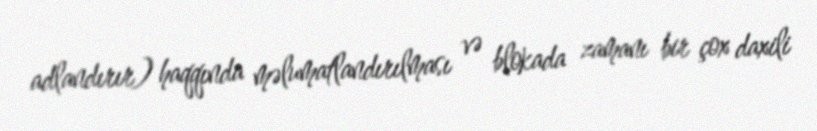
adlandırır) haqqında məlumatlandırılması və blokada zamanı bir çox daxili